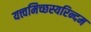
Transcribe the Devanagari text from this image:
यत्त्वमिच्छस्यरिन्दम